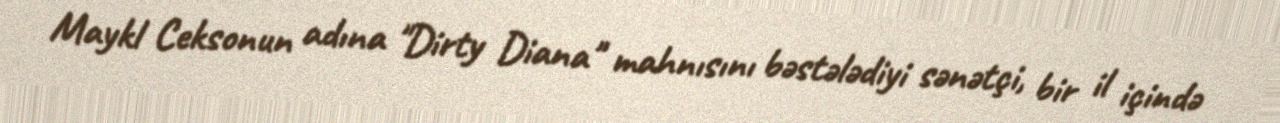
Maykl Ceksonun adına "Dirty Diana" mahnısını bəstələdiyi sənətçi, bir il içində